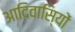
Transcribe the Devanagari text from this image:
आदिवासि्यों